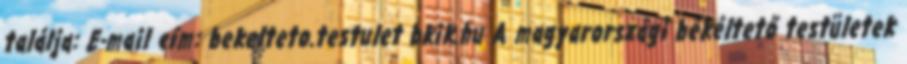
találja: E-mail cím: bekelteto.testulet bkik.hu A magyarországi békéltető testületek